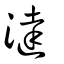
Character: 澾